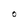
Character: O